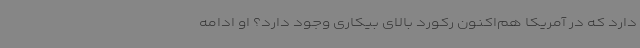
دارد که در آمریکا هم‌اکنون رکورد بالای بیکاری وجود دارد؟ او ادامه